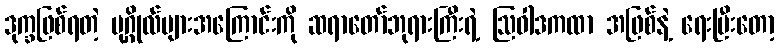
ဒုက္ခဖြစ်ရတဲ့ ပုဂ္ဂိုလ်များအကြောင်းကို ဆရာတော်ဘုရားကြီးရဲ့ ဩဝါဒကထာ အဖြစ်နဲ့ ရေးပြီးတော့